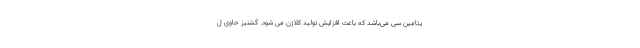
یتامین سی می‌باشد که باعث افزایش تولید کلاژن می شود. گشنیز حاوی ل